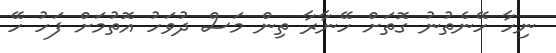
ނިހާ ހޭނެތުނު ގޮތަށް ހޭނާރާ ތިން މަސް ދުވަހު އޮތުމަށް ފަހު ހޭ